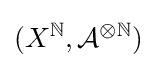
(X^{\mathbb {N} },{\mathcal {A}}^{\otimes \mathbb {N} })